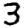
Digit: 3